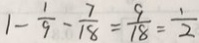
1 - \frac { 1 } { 9 } - \frac { 7 } { 1 8 } = \frac { 9 } { 1 8 } = \frac { 1 } { 2 }